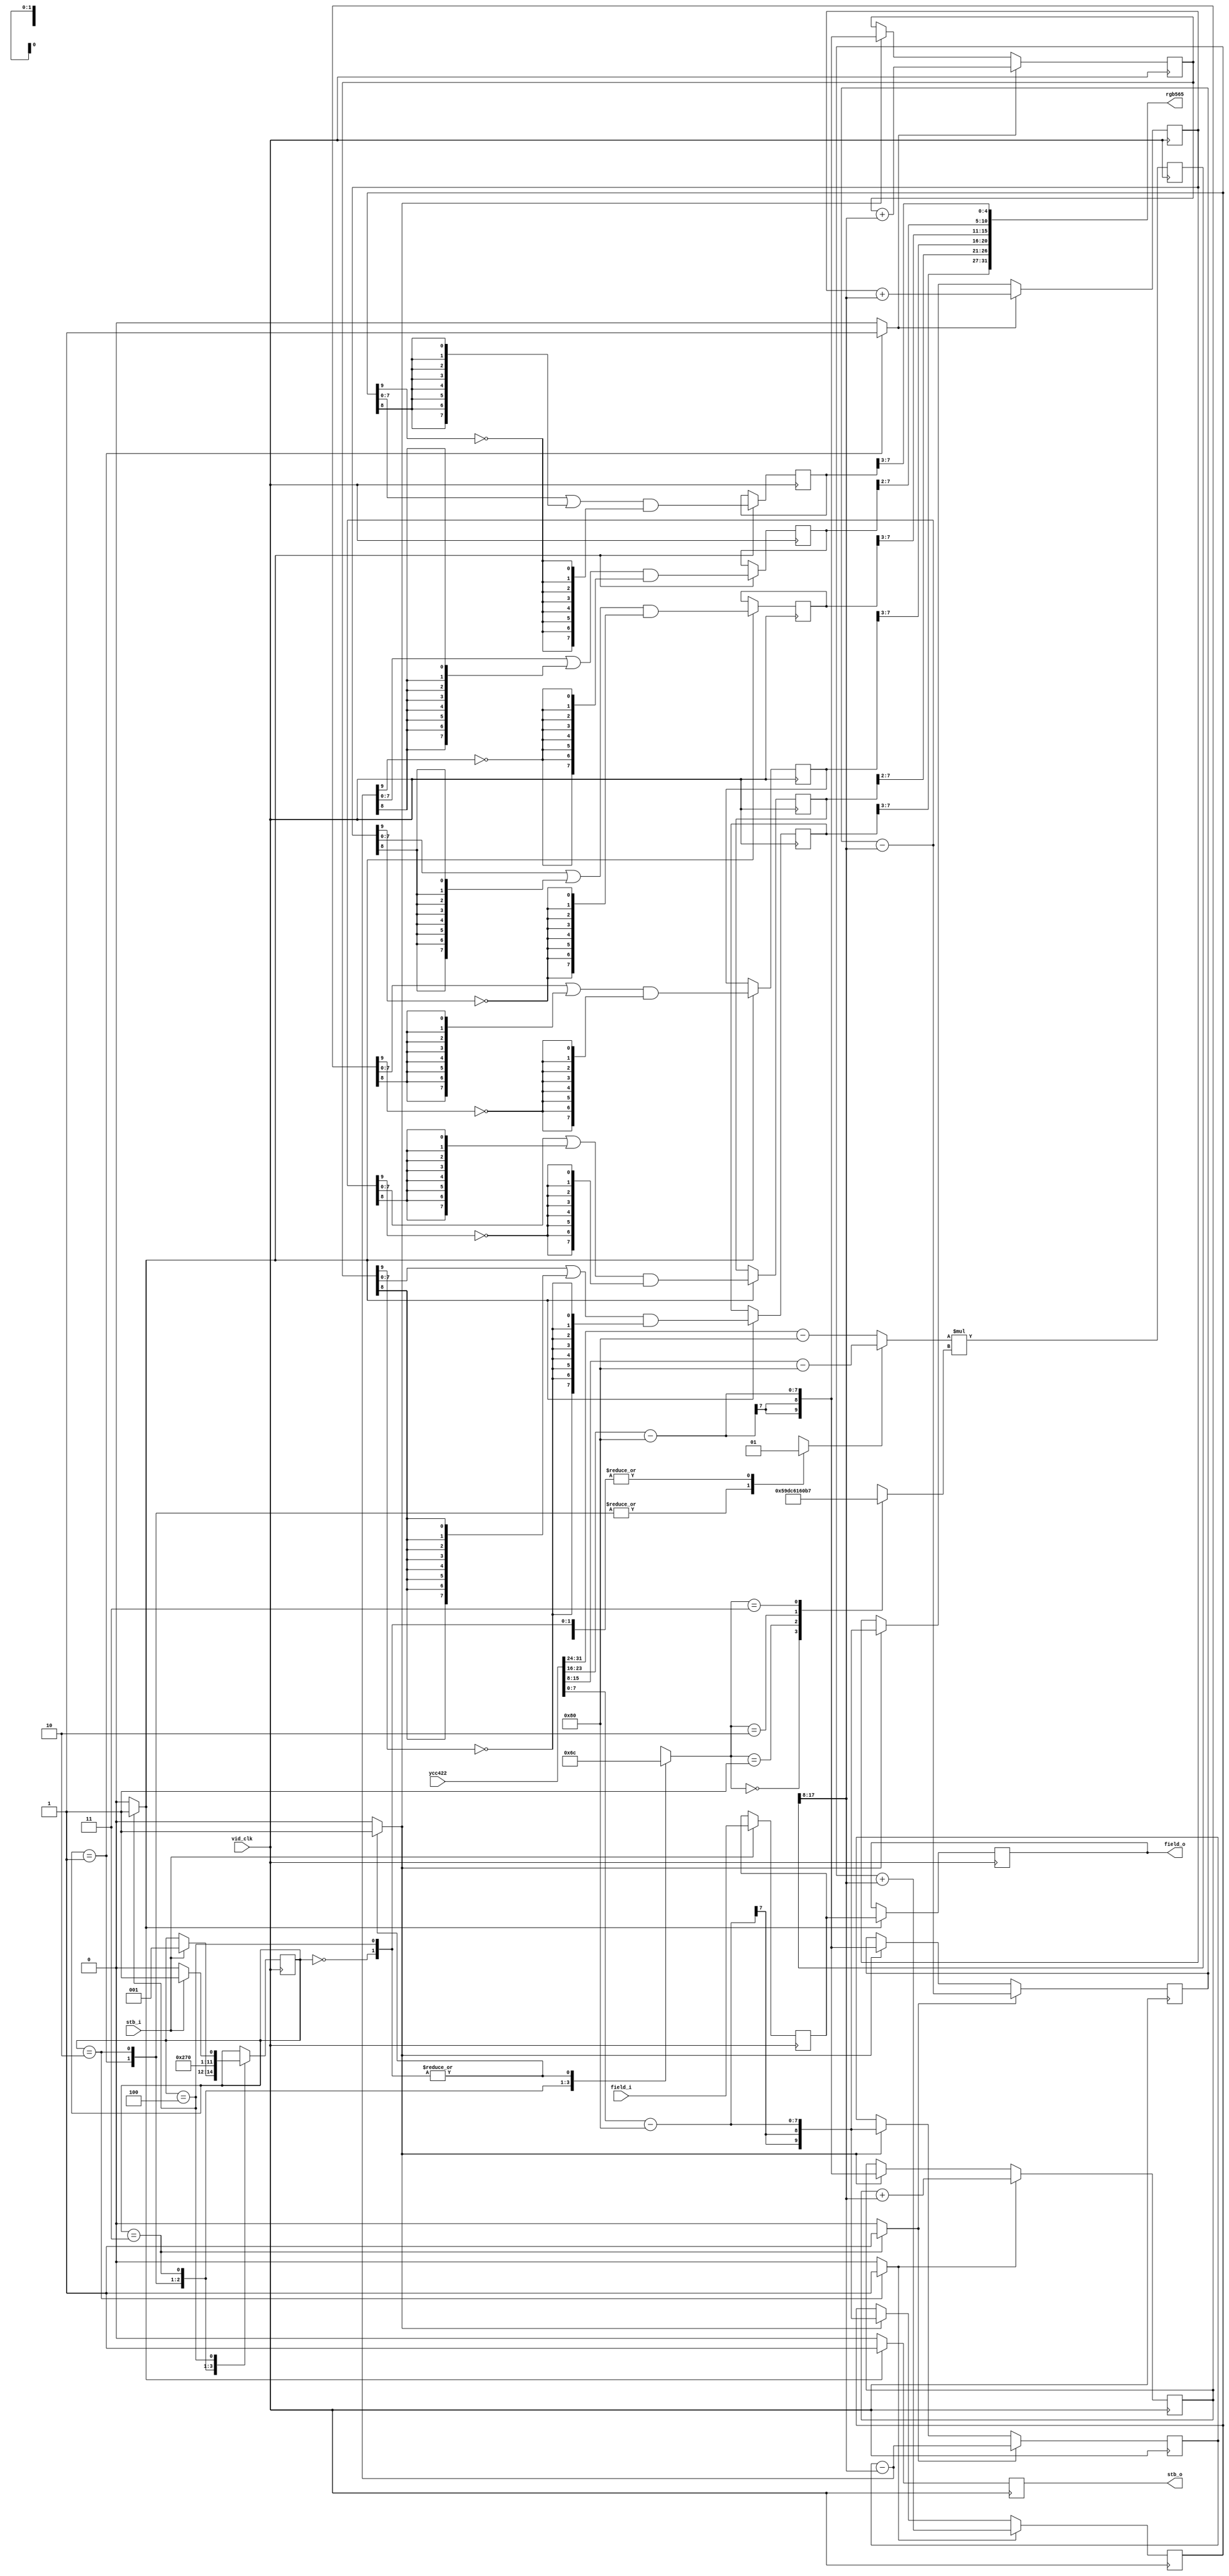
/*
 * Milkymist SoC
 * Copyright (C) 2007, 2008, 2009, 2010 Sebastien Bourdeauducq
 *
 * This program is free software: you can redistribute it and/or modify
 * it under the terms of the GNU General Public License as published by
 * the Free Software Foundation, version 3 of the License.
 *
 * This program is distributed in the hope that it will be useful,
 * but WITHOUT ANY WARRANTY; without even the implied warranty of
 * MERCHANTABILITY or FITNESS FOR A PARTICULAR PURPOSE.  See the
 * GNU General Public License for more details.
 *
 * You should have received a copy of the GNU General Public License
 * along with this program.  If not, see <http://www.gnu.org/licenses/>.
 */

module bt656cap_colorspace(
	input vid_clk,

	input stb_i,
	input field_i,
	input [31:0] ycc422,

	output reg stb_o,
	output reg field_o,
	output [31:0] rgb565
);

/* Datapath */
wire signed [7:0] cb = ycc422[31:24] - 8'd128;
wire signed [7:0] y0 = ycc422[23:16] - 8'd128;
wire signed [7:0] cr = ycc422[15: 8] - 8'd128;
wire signed [7:0] y1 = ycc422[ 7: 0] - 8'd128;

reg mult_sela;
reg [1:0] mult_selb;

wire signed [7:0] mult_opa = mult_sela ? cr : cb;
reg signed [9:0] mult_opb;
always @(*) begin
	case(mult_selb)
		2'd0: mult_opb = 10'd359; // 1.402
		2'd1: mult_opb = 10'd454; // 1.772
		2'd2: mult_opb = 10'd88;  // 0.344
		2'd3: mult_opb = 10'd183; // 0.714
	endcase
end

reg signed [17:0] mult_result;
wire signed [9:0] mult_result_t = mult_result[17:8];
always @(posedge vid_clk) mult_result <= mult_opa*mult_opb;

reg signed [9:0] int_r0;
reg signed [9:0] int_g0;
reg signed [9:0] int_b0;
reg signed [9:0] int_r1;
reg signed [9:0] int_g1;
reg signed [9:0] int_b1;

reg load_y;
reg add_r;
reg sub_g;
reg add_b;
always @(posedge vid_clk) begin
	if(load_y) begin
		int_r0 <= y0;
		int_g0 <= y0;
		int_b0 <= y0;
		int_r1 <= y1;
		int_g1 <= y1;
		int_b1 <= y1;
	end
	if(add_r) begin
		int_r0 <= int_r0 + mult_result_t;
		int_r1 <= int_r1 + mult_result_t;
	end
	if(sub_g) begin
		int_g0 <= int_g0 - mult_result_t;
		int_g1 <= int_g1 - mult_result_t;
	end
	if(add_b) begin
		int_b0 <= int_b0 + mult_result_t;
		int_b1 <= int_b1 + mult_result_t;
	end
end

/* Output generator */
reg fsm_stb;
reg fsm_field;
wire signed [9:0] fsm_r0 = int_r0;
wire signed [9:0] fsm_g0 = int_g0 - mult_result_t;
wire signed [9:0] fsm_b0 = int_b0;
wire signed [9:0] fsm_r1 = int_r1;
wire signed [9:0] fsm_g1 = int_g1 - mult_result_t;
wire signed [9:0] fsm_b1 = int_b1;
reg [7:0] out_r0;
reg [7:0] out_g0;
reg [7:0] out_b0;
reg [7:0] out_r1;
reg [7:0] out_g1;
reg [7:0] out_b1;
always @(posedge vid_clk) begin
	stb_o <= 1'b0;
	if(fsm_stb) begin
		stb_o <= 1'b1;
		field_o <= fsm_field;
		out_r0 <= (fsm_r0[7:0] | {8{fsm_r0[8]}}) & {8{~fsm_r0[9]}};
		out_g0 <= (fsm_g0[7:0] | {8{fsm_g0[8]}}) & {8{~fsm_g0[9]}};
		out_b0 <= (fsm_b0[7:0] | {8{fsm_b0[8]}}) & {8{~fsm_b0[9]}};
		out_r1 <= (fsm_r1[7:0] | {8{fsm_r1[8]}}) & {8{~fsm_r1[9]}};
		out_g1 <= (fsm_g1[7:0] | {8{fsm_g1[8]}}) & {8{~fsm_g1[9]}};
		out_b1 <= (fsm_b1[7:0] | {8{fsm_b1[8]}}) & {8{~fsm_b1[9]}};
	end
end

assign rgb565 = {out_r0[7:3], out_g0[7:2], out_b0[7:3],
	out_r1[7:3], out_g1[7:2], out_b1[7:3]};

/* Forward field */
always @(posedge vid_clk) begin
	if(stb_i)
		fsm_field <= field_i;
end

/* Controller */
reg [2:0] state;
reg [2:0] next_state;

parameter S1 = 3'd0;
parameter S2 = 3'd1;
parameter S3 = 3'd2;
parameter S4 = 3'd3;
parameter S5 = 3'd4;

initial state = S1;
always @(posedge vid_clk) begin
	state <= next_state;
	//$display("state: %d->%d (%d)", state, next_state, stb_i);
end

always @(*) begin
	mult_sela = 1'bx;
	mult_selb = 2'bx;
	
	load_y = 1'b0;
	add_r = 1'b0;
	sub_g = 1'b0;
	add_b = 1'b0;

	fsm_stb = 1'b0;

	next_state = state;

	case(state)
		S1: begin
			load_y = 1'b1;
			mult_sela = 1'b1; // 1.402*Cr
			mult_selb = 2'd0;
			if(stb_i)
				next_state = S2;
		end
		S2: begin
			add_r = 1'b1;
			mult_sela = 1'b0; // 1.772*Cb
			mult_selb = 2'd1;
			next_state = S3;
		end
		S3: begin
			add_b = 1'b1;
			mult_sela = 1'b0; // 0.344*Cb
			mult_selb = 2'd2;
			next_state = S4;
		end
		S4: begin
			sub_g = 1'b1;
			mult_sela = 1'b1; // 0.714*Cr
			mult_selb = 2'd3;
			next_state = S5;
		end
		S5: begin
			fsm_stb = 1'b1;
			load_y = 1'b1;
			mult_sela = 1'b1; // 1.402*Cr
			mult_selb = 2'd0;
			if(stb_i)
				next_state = S2;
			else
				next_state = S1;
		end
	endcase
end

endmodule